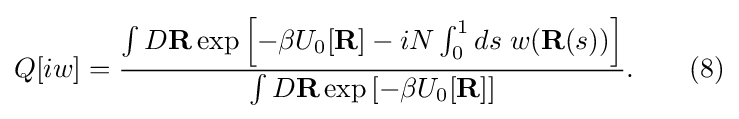
Q[iw]={\frac {\int D\mathbf {R} \exp \left[-\beta U_{0}[\mathbf {R} ]-iN\int _{0}^{1}ds\;w(\mathbf {R} (s))\right]}{\int D\mathbf {R} \exp \left[-\beta U_{0}[\mathbf {R} ]\right]}}.\qquad (8)